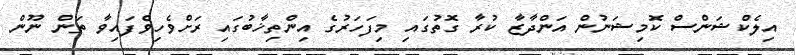
އިލެކްޝަންސް ކޮމިޝަނުން އަންދާޒާ ކުރާ ގޮތުގައި މިފަހަރުގެ އިންތިޚާބުގައި ރަށްވެހިވެފައިވާ ތަން ނޫން